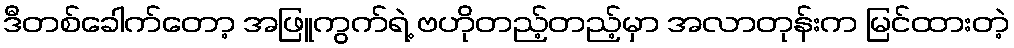
ဒီတစ်ခေါက်တော့ အဖြူကွက်ရဲ့ ဗဟိုတည့်တည့်မှာ အလာတုန်းက မြင်ထားတဲ့